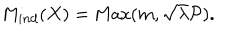
M _ { i n d } ( X ) = \mathrm { M a x } ( m , \sqrt { \lambda } { \cal P } ) .